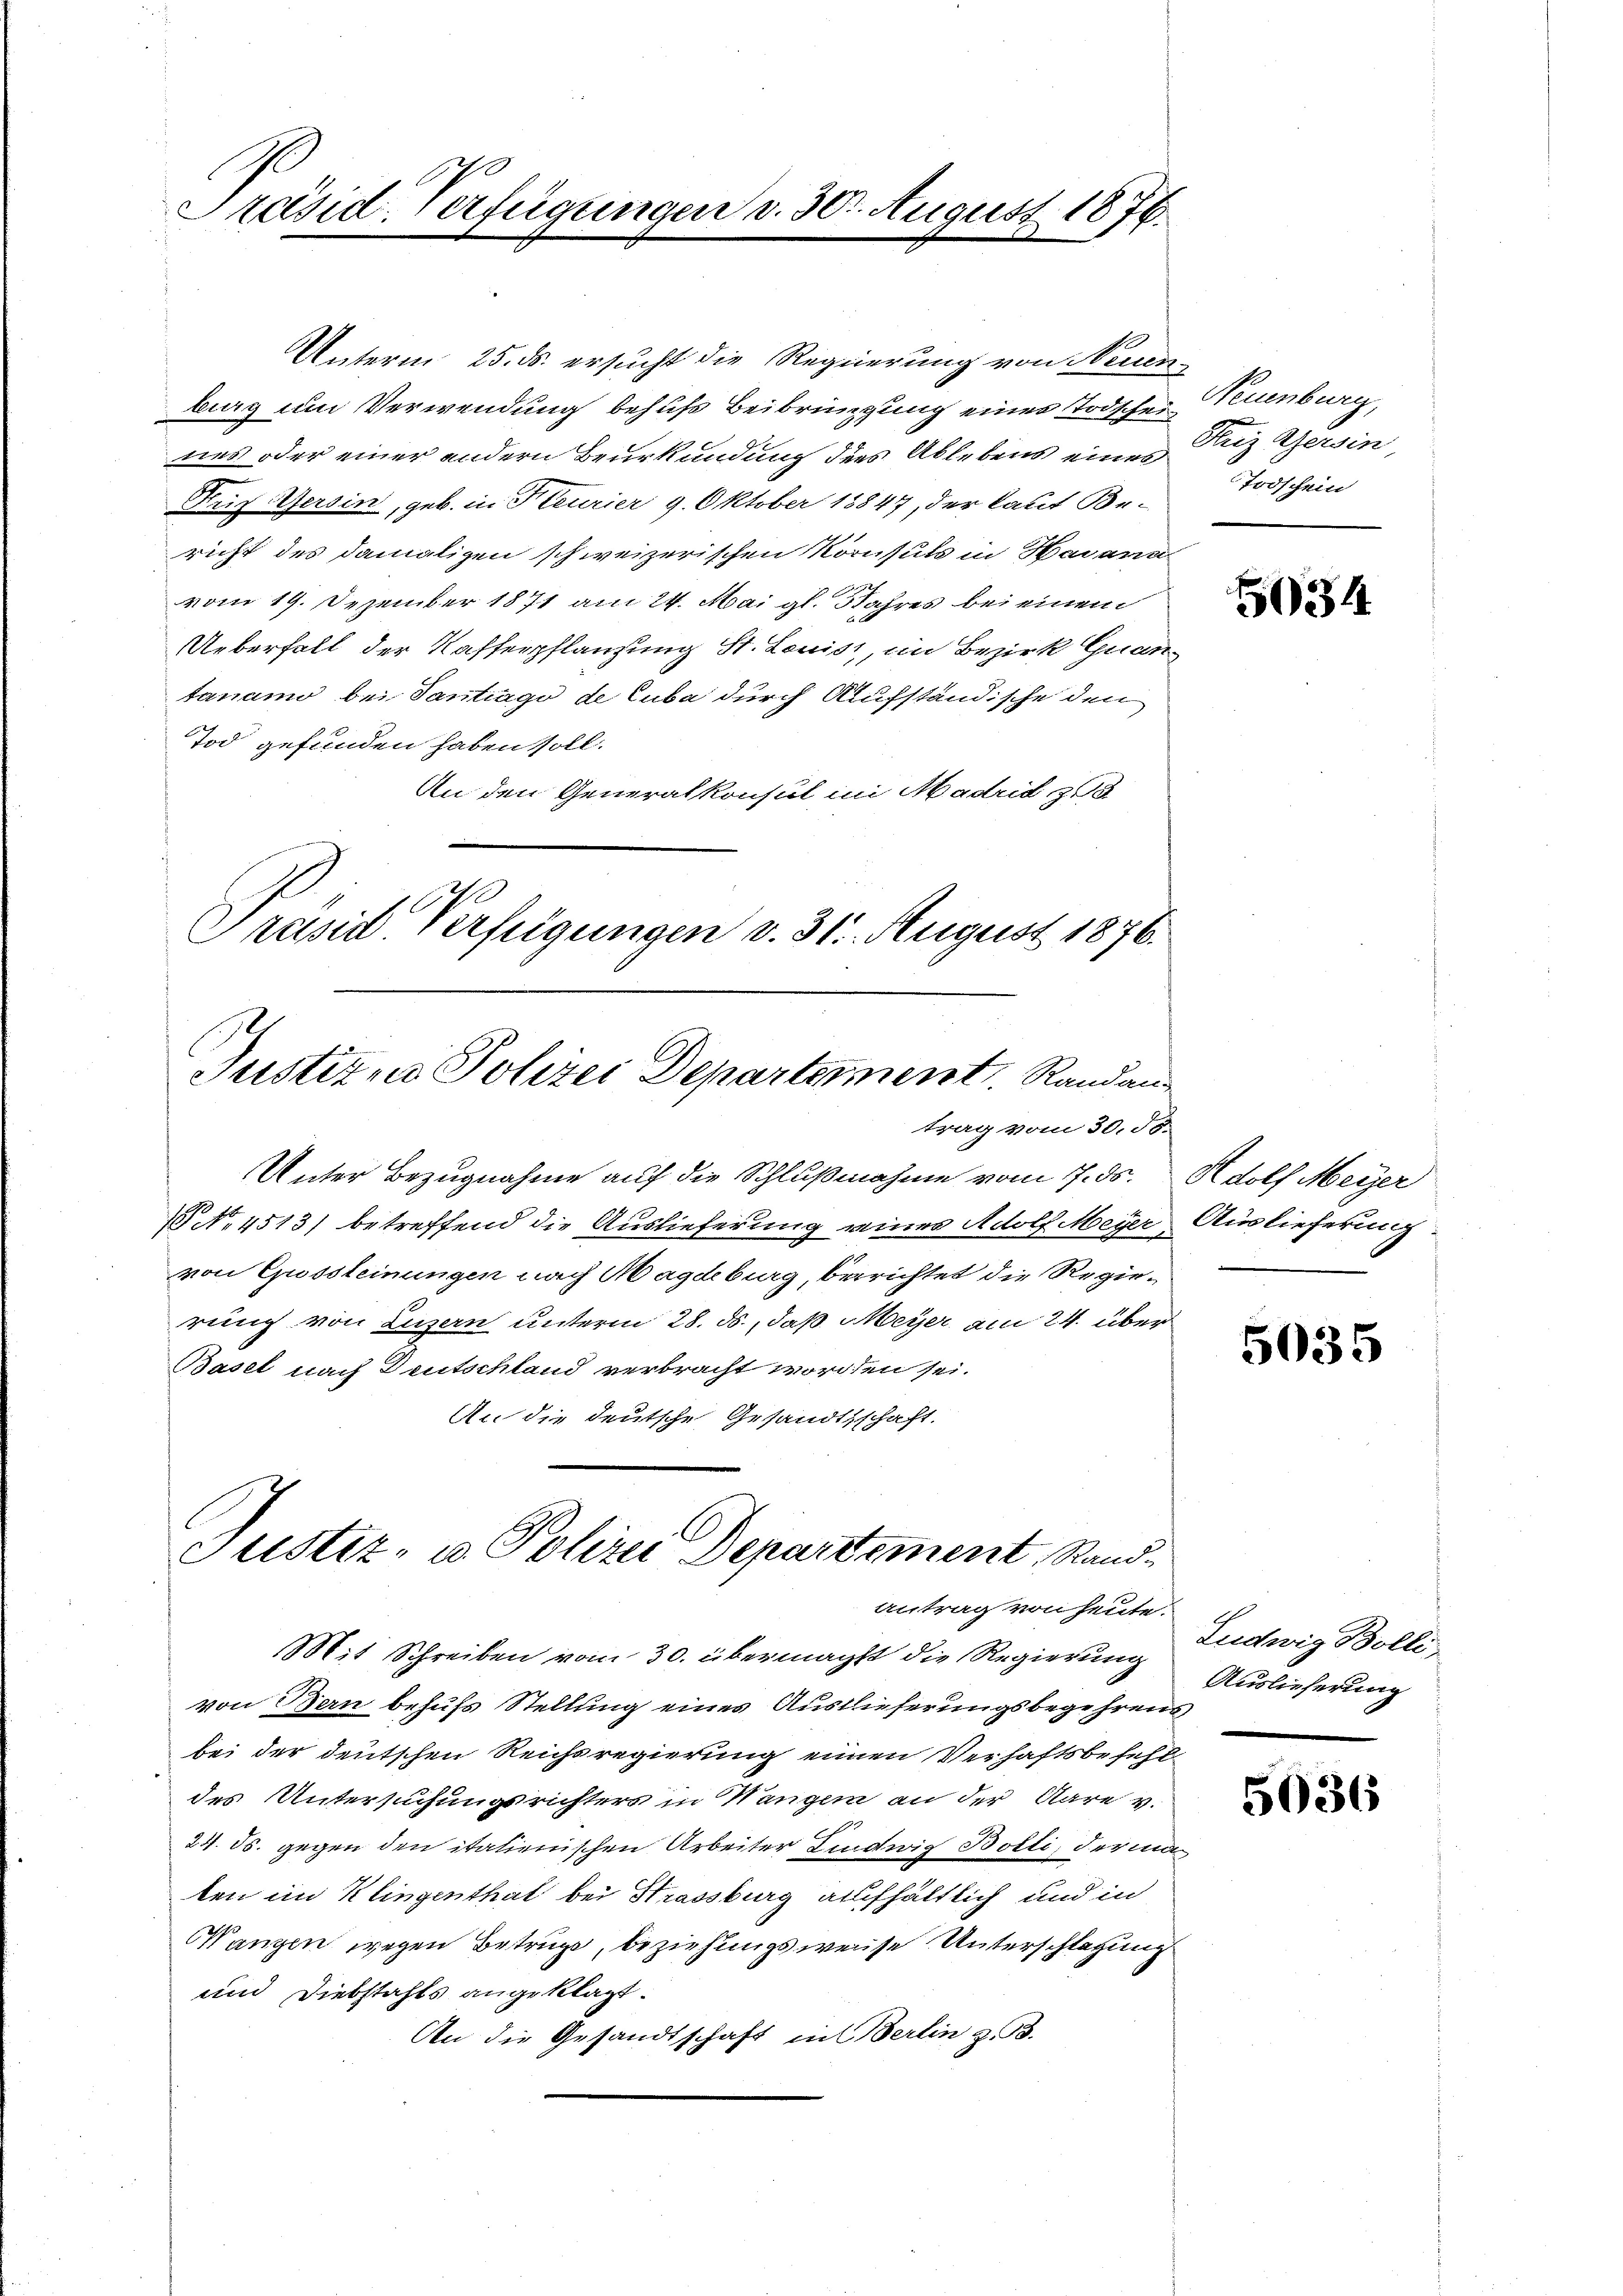
Präsid. Verfügungen v. 300. August 1876.

Unterm 25. ds. ersucht die Regierung von Neuen-
burg um Verwendung behufs Beibringung einer Todscher Neuenburg,
nes oder einer andern Beurkundung des Ablebens eines
Krif Gersin, geb. in Feurier 9. Oktober 18847, der laut Be-
richt des damaligen schweizerischen Kornsuts in Havann
vom 19. Dezember 1871 am 24. Mai gl. Jahres bei einem
Ueberfall der Kaffenpflanzung St. Louiss, im Bezirk Guan-
tanamo bei Tantrage de Cuba durch Aufständische den
Tod gefunden haben soll.
An den Generalkonsul in Madrid z
10
Präsid. Verfügungen v. 31. August 1876.
Justizio Polizei Departement. Randan
trag vom 30. 56.
Unter Bezugnahme auf die Schlußnahme vom 17. ds.
 No 4513) betreffend die Auslieferung eines Adolf Meyer,
von Gussteinungen nach Magdeburg, berichtet die Regierung von Luzern unterm 28. ds., daß Meyer am 24. über
Basel nach Deutschland verbracht worden sei.
An die deutsche Gesandtschaft.
Justiz- u. Polizei Departement, Rand¬

1

antrag von heute.

Friz Gersin,
Todschein

Mit Schreiben vom 30. übermächt die Regierung
von Bern behufs Stellung eines Auslieferungsbegehrens,
bei der deutschen Reichsregierung einen Verhaftsbefehl
des Untersuchungsrichters in Wangen an der Stare v.
24. ds. gegen den italienischen Arbeiter Lindwig Boili, derma
ten im Klingenthal bei Strassburg aufhältlich und in
Wangen wegen Betrüge, beziehungsweise Unterschlagung
und Diebstahls angeklagt.
An die Gesandtschaft in Berlin z. B.

534.

Adolf Meyer
Auslieferung.

5035

Ludwig Bolli
Auslieferung

5036